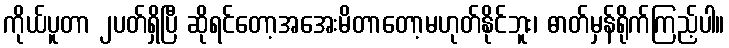
ကိုယ်ပူတာ ၂ပတ်ရှိပြီ ဆိုရင်တော့အအေးမိတာတော့မဟုတ်နိုင်ဘူး၊ ဓာတ်မှန်ရိုက်ကြည့်ပါ။